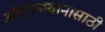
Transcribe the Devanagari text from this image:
अंतराळयानासाठी